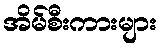
အိမ်စီးကားများ